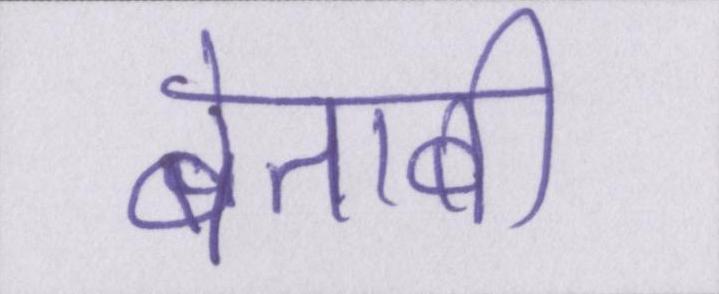
बेताबी